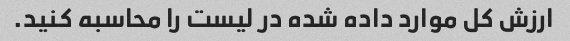
ارزش کل موارد داده شده در لیست را محاسبه کنید.